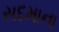
સદમાના